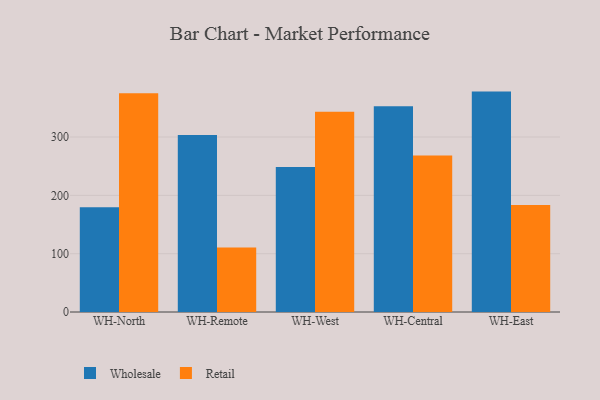
{"axis": {"x": "Warehouse", "y": "Energy Usage (MWh)"}, "legend": ["Retail", "Wholesale"], "data": [{"x": "WH-North", "y": 179.7, "type": "Wholesale"}, {"x": "WH-North", "y": 375.1, "type": "Retail"}, {"x": "WH-Remote", "y": 303.3, "type": "Wholesale"}, {"x": "WH-Remote", "y": 110.6, "type": "Retail"}, {"x": "WH-West", "y": 248.8, "type": "Wholesale"}, {"x": "WH-West", "y": 343.2, "type": "Retail"}, {"x": "WH-Central", "y": 352.6, "type": "Wholesale"}, {"x": "WH-Central", "y": 268.2, "type": "Retail"}, {"x": "WH-East", "y": 377.9, "type": "Wholesale"}, {"x": "WH-East", "y": 183.3, "type": "Retail"}]}